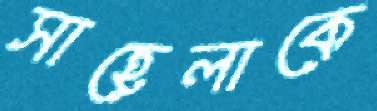
সাহেলাকে